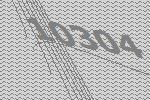
10304